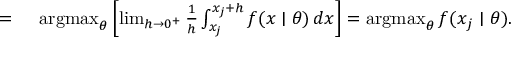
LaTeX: \begin{array} { r l } { = { } } & { { } \operatorname { a r g m a x } _ { \theta } \left[ \operatorname* { l i m } _ { h \to 0 ^ { + } } { \frac { 1 } { h } } \int _ { x _ { j } } ^ { x _ { j } + h } f ( x \mid \theta ) \, d x \right] = \operatorname { a r g m a x } _ { \theta } f ( x _ { j } \mid \theta ) . } \end{array}